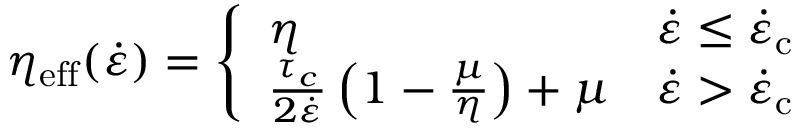
\eta _ { \mathrm { e f f } } ( \dot { \varepsilon } ) = \left\{ \begin{array} { l l } { \eta } & { \dot { \varepsilon } \le \dot { \varepsilon } _ { \mathrm { c } } } \\ { \frac { \tau _ { c } } { 2 \dot { \varepsilon } } \left( 1 - \frac { \mu } { \eta } \right) + \mu } & { \dot { \varepsilon } > \dot { \varepsilon } _ { \mathrm { c } } } \end{array} \right.